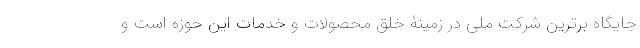
جایگاه برترین شرکت ملی در زمینۀ خلق محصولات و خدمات این حوزه است و